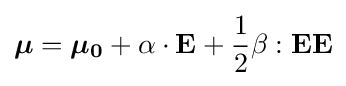
{\boldsymbol {\mu }}={\boldsymbol {\mu _{0}}}+\alpha \cdot {\boldsymbol {\mathrm {E} }}+{\frac {1}{2}}\beta :{\boldsymbol {\mathrm {E} }}{\boldsymbol {\mathrm {E} }}